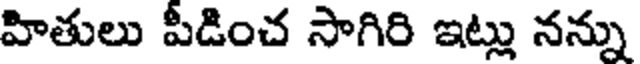
హితులు పీడించ సాగిరి ఇట్లు నన్ను